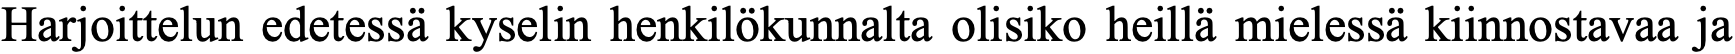
Harjoittelun edetessä kyselin henkilökunnalta olisiko heillä mielessä kiinnostavaa ja